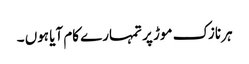
ہر نازک موڑ پر تمہارے کام آیا ہوں ۔